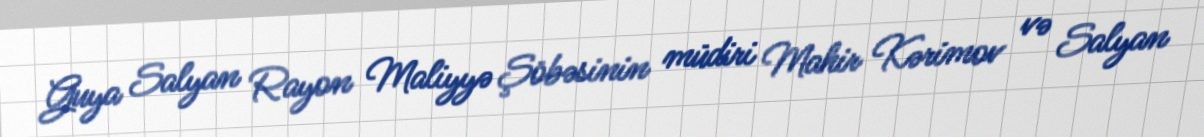
Guya Salyan Rayon Maliyyə Şöbəsinin müdiri Mahir Kərimov və Salyan